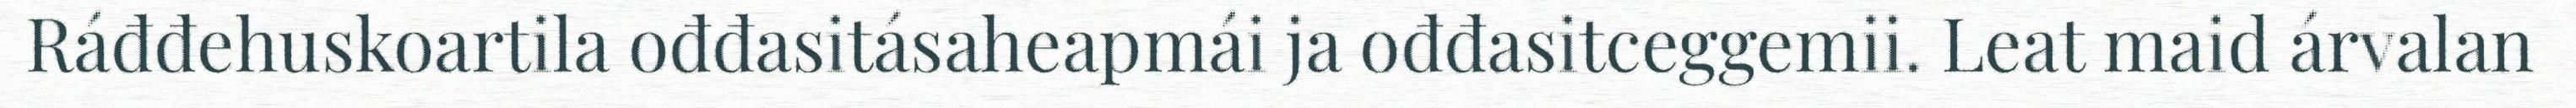
Ráđđehuskoartila ođđasitásaheapmái ja ođđasitceggemii. Leat maid árvalan